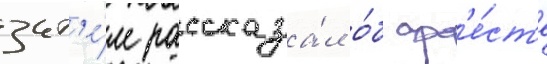
зат'е́м рассказа́л о́б ар'е́ст'е